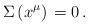
LaTeX: \begin{align*}\Sigma \, (x^{\mu}) \, = 0 \, . \end{align*}